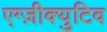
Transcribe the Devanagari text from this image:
एग्ज़ीक्युटिव